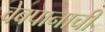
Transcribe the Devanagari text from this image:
वेबपानाची